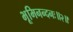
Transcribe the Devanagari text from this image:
भूमिनन्दनः॥२॥